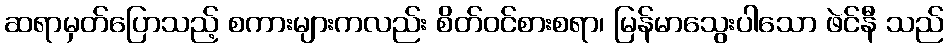
ဆရာမှတ်ပြောသည့် စကားများကလည်း စိတ်ဝင်စားစရာ၊ မြန်မာသွေးပါသော ဖဲင်နီ သည်